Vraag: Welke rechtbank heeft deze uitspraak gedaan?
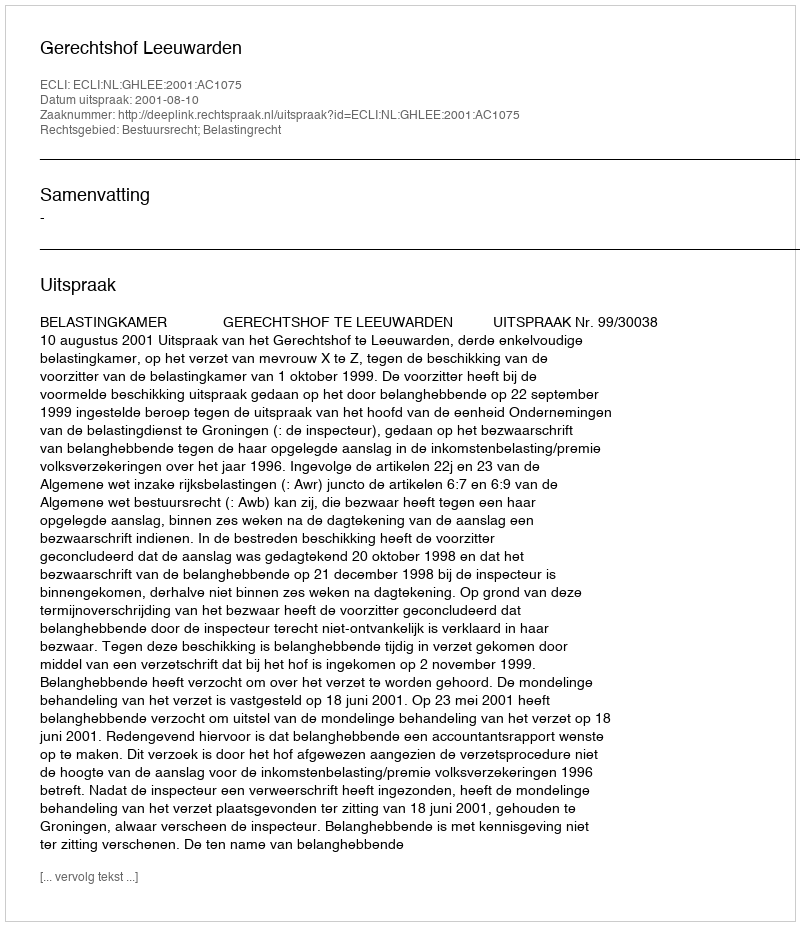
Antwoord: Gerechtshof Leeuwarden